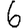
Digit: 6